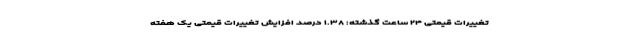
تغییرات قیمتی ۲۴ ساعت گذشته: ۱.۳۸ درصد افزایش تغییرات قیمتی یک هفته